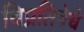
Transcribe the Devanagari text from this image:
विप्रतिषेधे